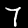
Label: 7